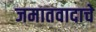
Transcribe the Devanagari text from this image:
जमातवादाचे